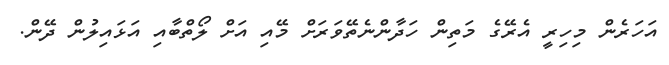
އަހަރެން މިހިރީ އެރޭގެ މަތިން ހަދާންނެތޭވަރަށް މޭއި އަށް ލޯތްބާއި އަޅައިލުން ދޭން.